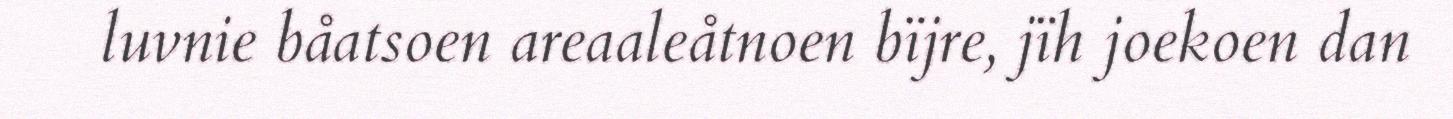
luvnie båatsoen areaaleåtnoen bïjre, jïh joekoen dan